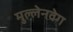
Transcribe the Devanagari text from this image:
मुल्लेनवेग